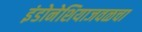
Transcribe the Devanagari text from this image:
इंडोनेशियाजवळचा